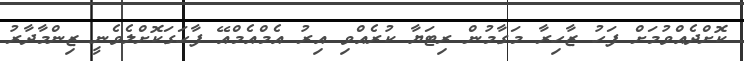
ކޮށްދެއްވުމަށް ފަހު ޒާހިރާ މަގާމުން ރިޓަޔާ ކުރެއްވި އިރު އެމްއެމްއޭ ފާހަގަކޮށްލެވެނީ ޒިންމާދާރު